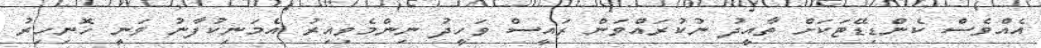
އެއްވެސް ކެންޑިޑޭޓަކަށް ތާއީދު ނުކުރައްވަން ރައީސް ވަހީދު ނިންމެވިއިރު އެމަނިކުފާނު ވަނީ ހޮނިހިރު